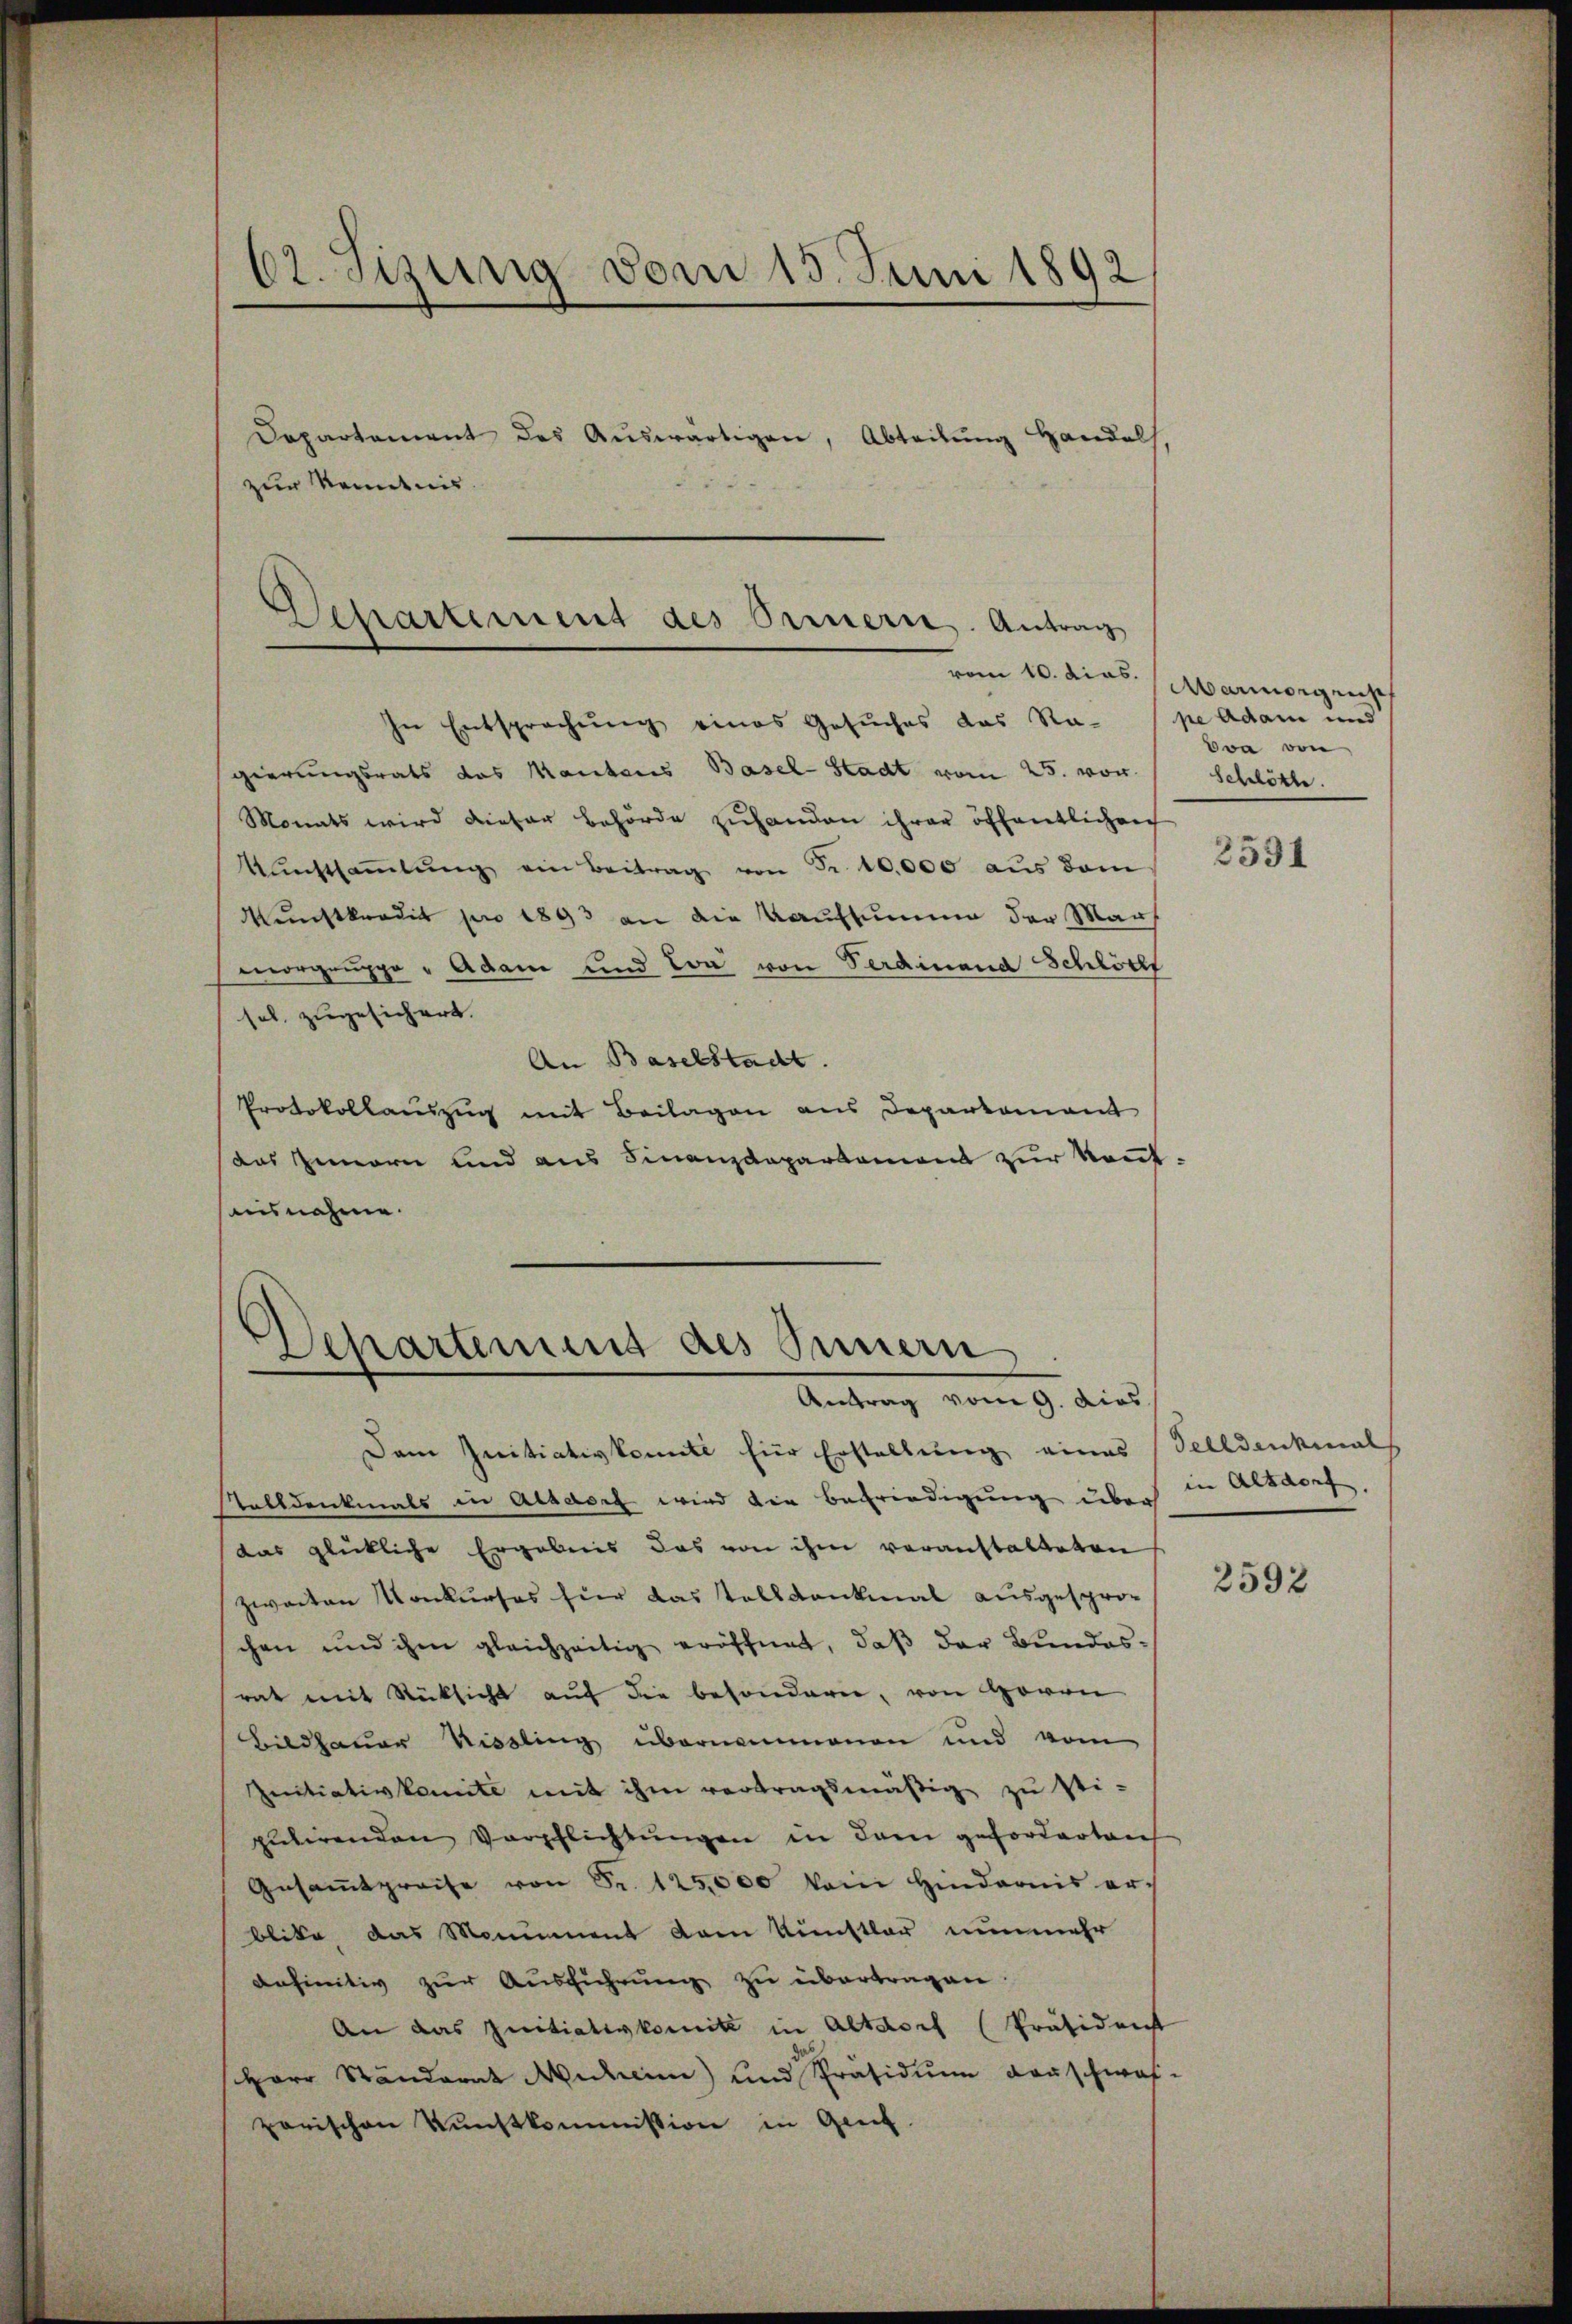
62. Sizung vom 15. Juni 1892

Departement des Aŭswärtigen, Abteilŭng Handels,
zur Kenntnis.

Departement des Omerie. Antrag

In Entsprechung eines Gesuches das Ra- (pe Adam und
gierungsrats das Mantens Basel-Stadt vom 25. von
Monats wird dieser Behörde zuhanden ihrer öffentlichen
Kŭnstsaṁlŭng ein Beitrag von Fr. 10,000 aŭs dem
Munstkredit pro 1893 an die Kaufsumme der Mars
morgruppe "Adam und von von Ferdinand Schlösst
sol, zugesichert.
An Baselstadt.
Protokollauszug mit Beilagen aus Departement
das Innern und aus Finanzdepartament zur konnt.
nisnahme.

Departement des Innern

Antrag vom 9. dies
Dem Initiativkomite hier Erstellung eines
Tolldenkmals in Absasef wird die Befriedigung über
das glückliche Ergebnis das von ihm veranstalteten
zweiten Konkurses für das Talldankmal ausgespro-
chen und ihm gleichzeitig eröffnet, daß der Bundesrat mit Rücksicht aŭf die besondern, von Herrn
Bildhauer Missling übernommenen und vom
Initiativkomité mit ihm vertragsmäßig zu sti-
putirenden Verpflichtungen in dem geforderten
Gesamtpreise von Fr. 125,000 kain Hindernis er-
blike das Monument dem Künstler nunmehr
definitiv zur Ausführung zu übertragen
An das Initiativkomit in Altdorf (Präsident
Herr Ständerat Michin) und Präsidium darschwaf-
porischen Kunstkommission in Genf.

vom 10. dies. Marmorgensch
von von
Schlöste.

2531

Felldenkmals
in Altdorf.

2592